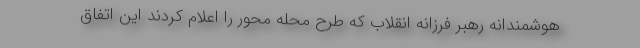
هوشمندانه رهبر فرزانه انقلاب که طرح محله محور را اعلام کردند این اتفاق